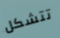
تتشكل